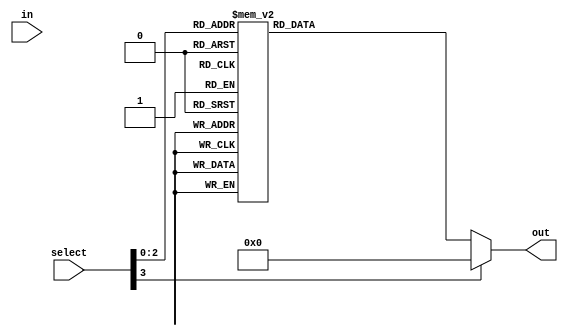
module demux(
    input wire in,
    input wire [3:0] select,
    output wire [7:0] out
);

    always @(*) begin
        case (select)
            4'b0000: out = 8'b00000001; // Output 1
            4'b0001: out = 8'b00000010; // Output 2
            4'b0010: out = 8'b00000100; // Output 3
            4'b0011: out = 8'b00001000; // Output 4
            4'b0100: out = 8'b00010000; // Output 5
            4'b0101: out = 8'b00100000; // Output 6
            4'b0110: out = 8'b01000000; // Output 7
            4'b0111: out = 8'b10000000; // Output 8
            default: out = 8'b00000000; // Default output
        endcase
    end

endmodule